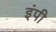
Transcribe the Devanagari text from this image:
इंपी